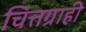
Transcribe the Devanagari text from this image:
चित्तग्राही